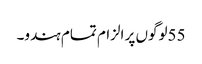
55لوگوں پر الزام تمام ہندو۔